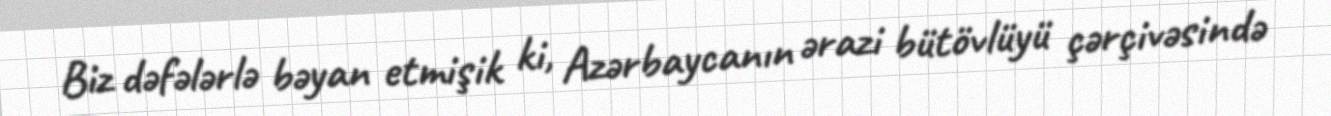
Biz dəfələrlə bəyan etmişik ki, Azərbaycanın ərazi bütövlüyü çərçivəsində